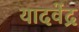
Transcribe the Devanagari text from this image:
यादवेंद्र